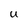
Character: U